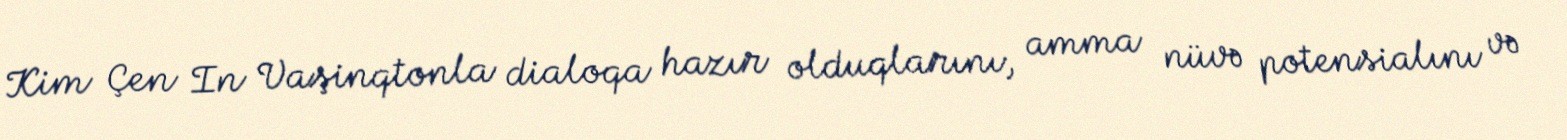
Kim Çen In Vaşinqtonla dialoqa hazır olduqlarını, amma nüvə potensialını və